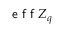
\textsf { e f f } Z _ { q }